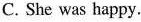
C. She was happy.